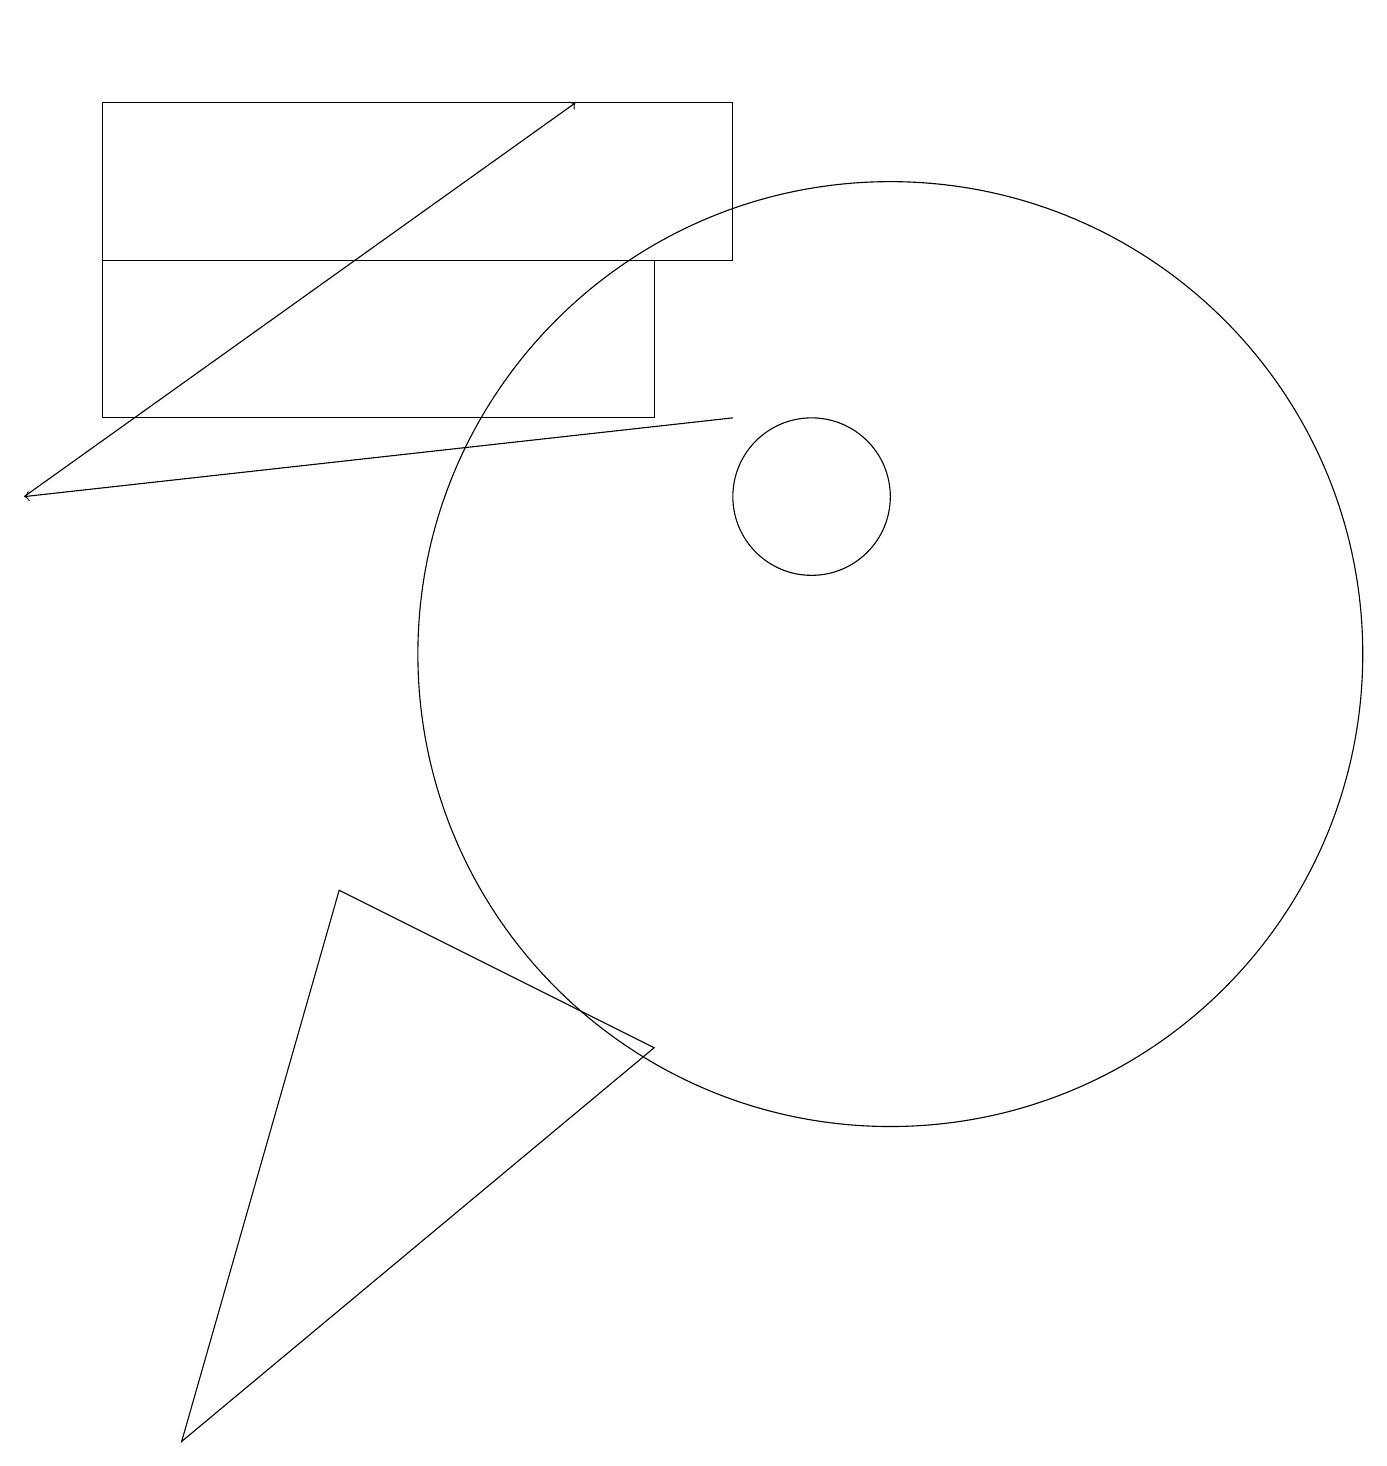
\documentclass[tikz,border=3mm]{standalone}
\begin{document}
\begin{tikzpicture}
\draw (10,12) circle (1);
\draw (1,15) rectangle (8,13);
\draw (11,10) circle (6);
\draw (2,18) rectangle (2,18);
\draw[->] (0,12) -- (7,17);
\draw (9,15) rectangle (1,17);
\draw (8,5) -- (4,7) -- (2,0) -- cycle;
\draw[->] (9,13) -- (0,12);
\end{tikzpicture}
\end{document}